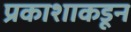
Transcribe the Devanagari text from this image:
प्रकाशाकडून